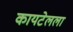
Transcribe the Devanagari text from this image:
कायटेलला